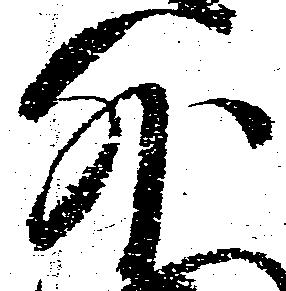
外